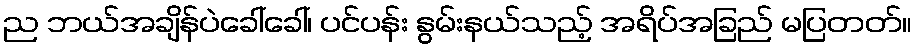
ည ဘယ်အချိန်ပဲခေါ်ခေါ်၊ ပင်ပန်း နွမ်းနယ်သည့် အရိပ်အခြည် မပြတတ်။